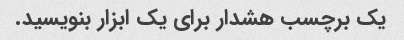
یک برچسب هشدار برای یک ابزار بنویسید.